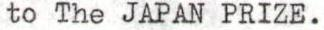
to The JAPAN PRIZE.